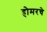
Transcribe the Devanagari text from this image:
होमरचे